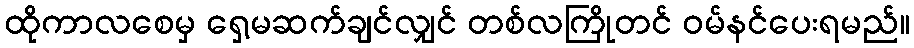
ထိုကာလစေမှ ရှေ့မဆက်ချင်လျှင် တစ်လကြိုတင် ဝမ်နင်ပေးရမည်။